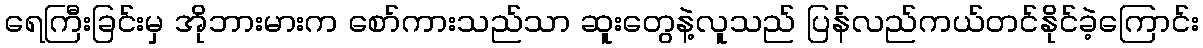
ရေကြီးခြင်းမှ အိုဘားမားက စော်ကားသည်သာ ဆူးတွေနဲ့လူသည် ပြန်လည်ကယ်တင်နိုင်ခဲ့ကြောင်း